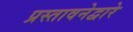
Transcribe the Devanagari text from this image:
प्रस्तावनेद्वारे